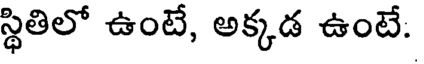
స్థితిలో ఉంటే, అక్కడ ఉంటే: